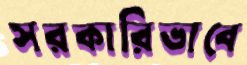
সরকারিভাবে